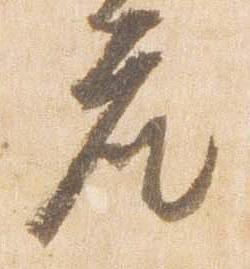
座